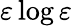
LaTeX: \varepsilon\log\varepsilon